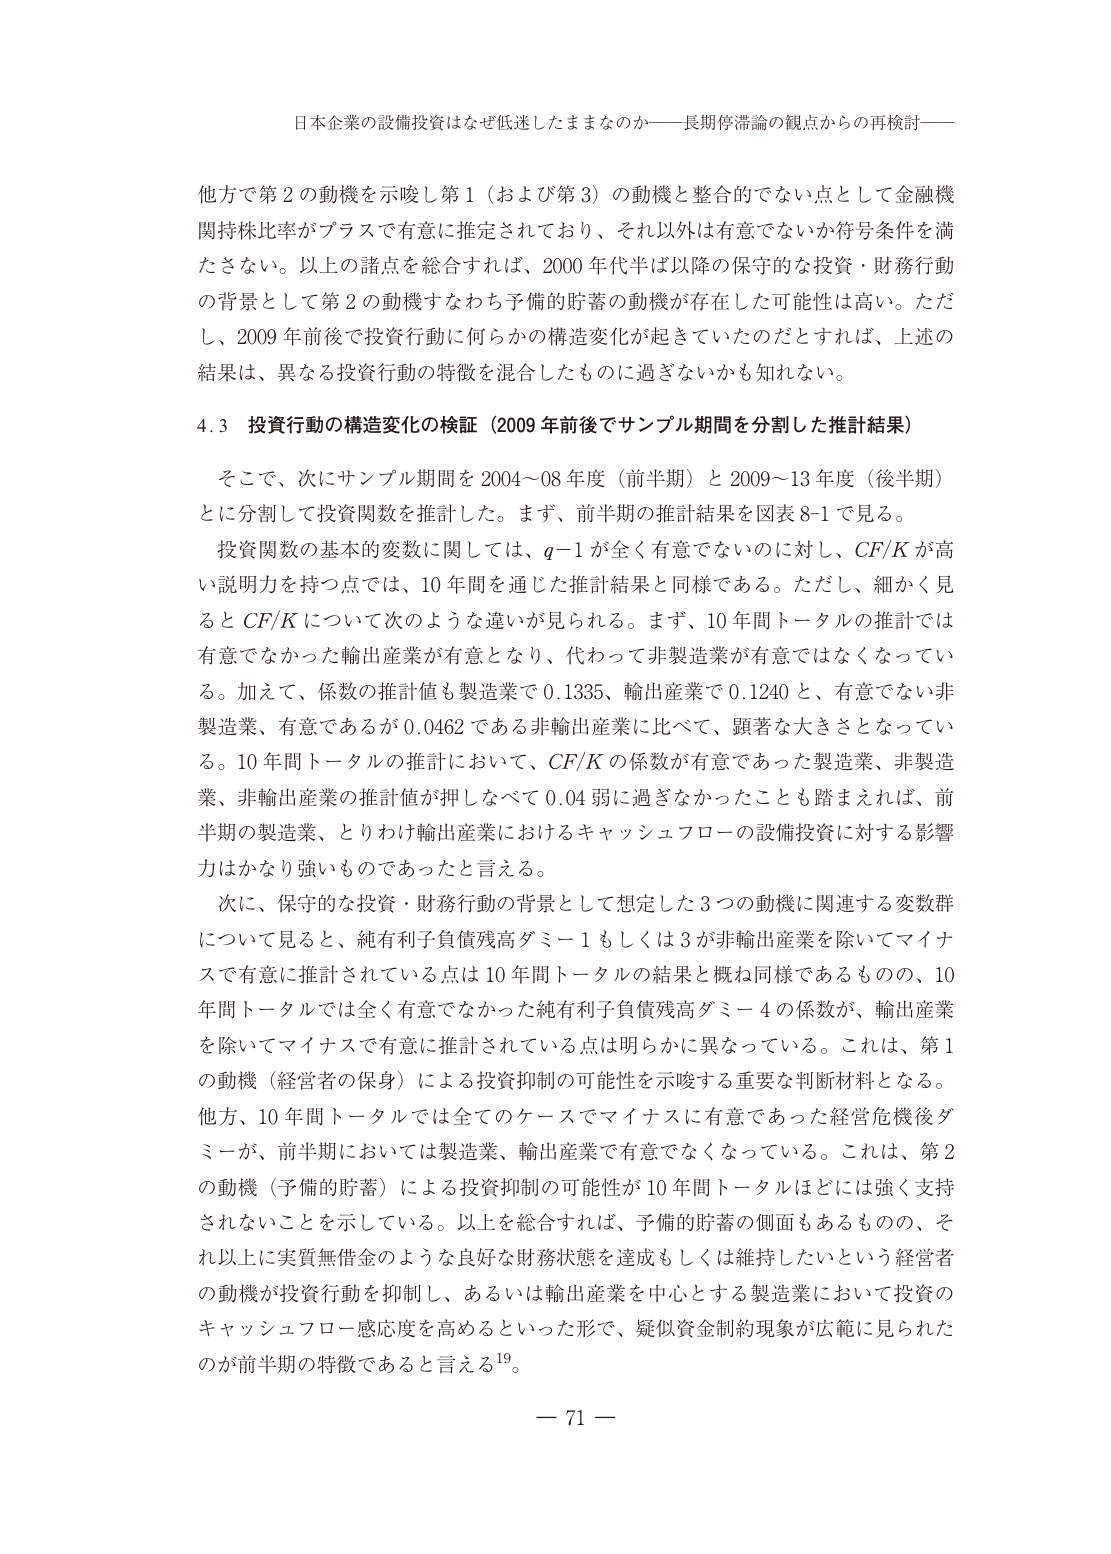
日本企業の設備投資はなぜ低迷したままなのか――長期停滞論の観点からの再検討――

他で第２の動機を示唆し第１（および第３）の動機と整合的でない点として金融機関持株比率がプラスで有意に推定されており、それ以外は有意でないか符号条件を満たさない。以上の諸点を総合すれば、2000年代半ば以降の保守的な投資・財務行動の背景として第２の動機すなわち予備的貯蓄の動機が存在した可能性は高い。ただし、2009年前後で投資行動に何らかの構造変化が起きていたのだとすれば、上述の結果は、異なる投資行動の特徴を混合したものに過ぎないかも知れない。

4.3 投資行動の構造変化の検証（2009年前後でサンプル期間を分割した推計結果）

そこで、次にサンプル期間を2004～08年度（前半期）と2009～13年度（後半期）とに分割して投資関数を推計した。まず、前半期の推計結果を図表8-1で見る。

投資関数の基本的変数に関しては、q-1が全く有意でないのに対し、CF/Kが高い説明力を持つ点では、10年間を通じた推計結果と同様である。ただし、細かく見るとCF/Kについて次のような違いが見られる。まず、10年間トータルの推計では有意でなかった輸出産業が有意となり、代わって非製造業が有意ではなくなっている。加えて、係数の推計値も製造業で0.1335、輸出産業で0.1240と、有意でない非製造業、有意であるが0.0462である非輸出産業に比べて、顕著な大きさとなっている。10年間トータルの推計において、CF/Kの係数が有意であった製造業、非製造業、非輸出産業の推計値が押しなべて0.04弱に過ぎなかったことも踏まえれば、前半期の製造業、とりわけ輸出産業におけるキャッシュフローの設備投資に対する影響力はかなり強いうえであったと言える。

次に、保守的な投資・財務行動の背景として想定した3つの動機に関連する変数群について見ると、純有利子負債残高ダミー1もしくは3が非輸出産業を除いてマイナスで有意に推計されている点は10年間トータルの結果と概ね同様であるものの、10年間トータルでは全く有意でなかった純有利子負債残高ダミー4の係数が、輸出産業を除いてマイナスで有意に推計されている点は明らかに異なっている。これは、第1の動機（経営者の保身）による投資抑制の可能性を示唆する重要な判断材料となる。他方、10年間トータルでは全てのケースでマイナスに有意であった経営危機後ダミーが、前半期においては製造業、輸出産業で有意でなくなっている。これは、第2の動機（予備的貯蓄）による投資抑制の可能性が10年間トータルほどには強く支持されないことを示している。以上を総合すれば、予備的貯蓄の側面もあるものの、それ以上に実質無借金のような良好な財務状態を達成もしくは維持したいという経営者の動機が投資行動を抑制し、あるいは輸出産業を中心とする製造業において投資のキャッシュフロー感応度を高めるといった形で、疑似資金制約現象が広範に見られたのが前半期の特徴であると言える19。

－ 71 －